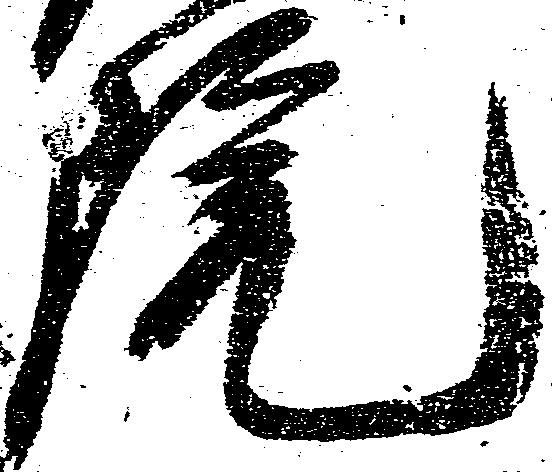
院